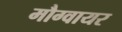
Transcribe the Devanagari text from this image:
मौग्वायर